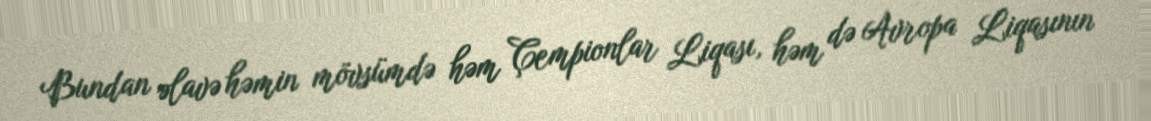
Bundan əlavə həmin mövsümdə həm Çempionlar Liqası, həm də Avropa Liqasının